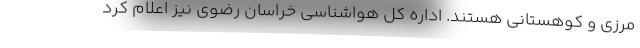
مرزی و کوهستانی هستند. اداره کل هواشناسی خراسان رضوی نیز اعلام کرد